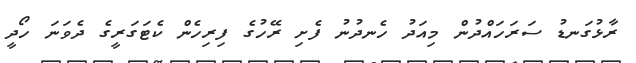
ރާޅުގަނޑު ސަރަހައްދުން މިއަދު ހެނދުނު ފެށި ރޭހުގެ ފިރިހެން ކެޓަގަރީގެ ދެވަނަ ހޯދީ